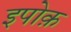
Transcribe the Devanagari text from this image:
इपोक़